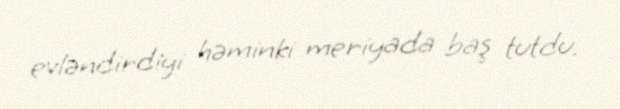
evləndirdiyi həminki meriyada baş tutdu.